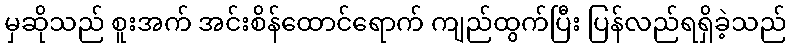
မှဆိုသည် စူးအက် အင်းစိန်ထောင်ရောက် ကျည်ထွက်ပြီး ပြန်လည်ရရှိခဲ့သည်